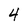
Character: 4